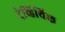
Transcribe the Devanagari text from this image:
ट्रेव्हिथिक